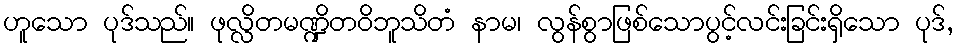
ဟူသော ပုဒ်သည်။ ဖုလ္လိတမဏ္ဍိတဝိဘူသိတံ နာမ၊ လွန်စွာဖြစ်သောပွင့်လင်းခြင်းရှိသော ပုဒ်,